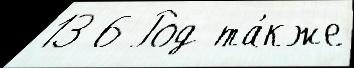
13 6 Род та́кже